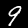
Digit: 9